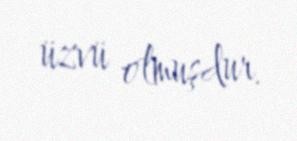
üzvü olmuşdur.